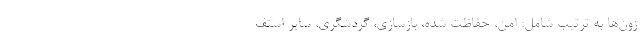
زون‌ها به ترتیب شامل: امن، حفاظت شده، بازسازی، گردشگری، سایر استف